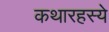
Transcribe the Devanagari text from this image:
कथारहस्ये